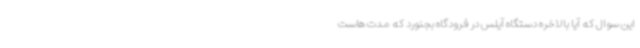
این سوال که آیا بالاخره دستگاه آیلس در فرودگاه بجنورد که مدت هاست